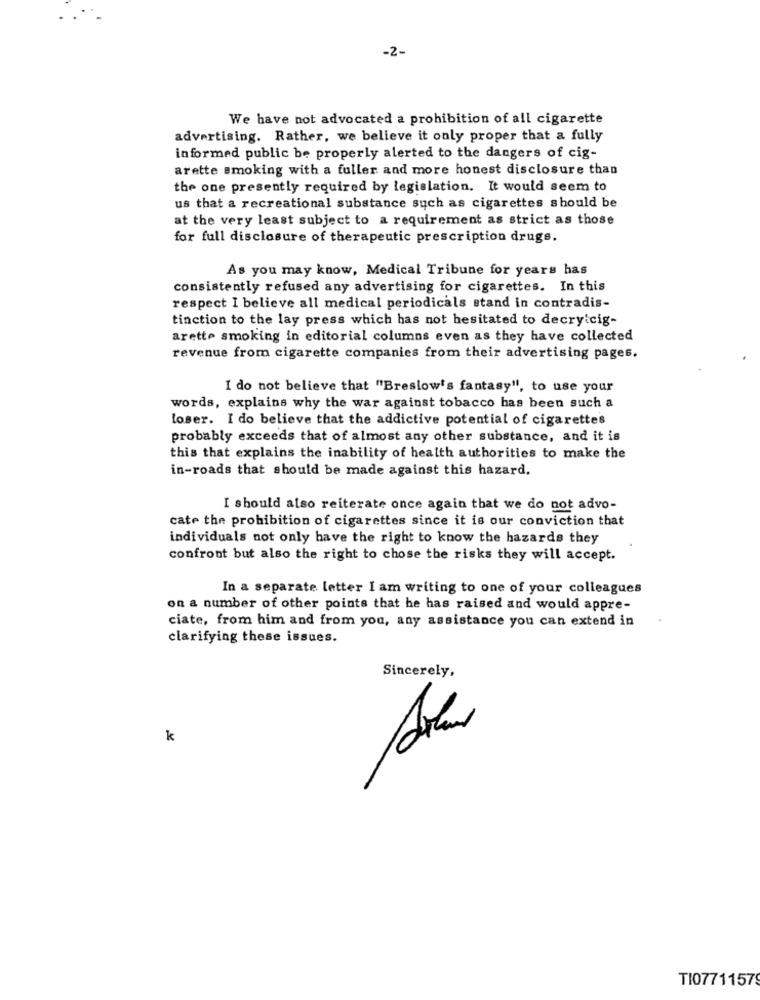
-2-
We have not advocated a prohibition of all cigarette
advertising. Rather, we believe it only proper that a fully
informed public be properly alerted to the dangers of cig-
arette smoking with a fuller and more honest disclosure than
the one presently required by legislation. It would seem to
us that a recreational substance such as cigarettes should be
at the very least subject to a requirement as strict as those
for full disclosure of therapeutic prescription drugs.
As you may know, Medical Tribune for years has
consistently refused any advertising for cigarettes. In this
respect I believe all medical periodicals stand in contradis-
tinction to the lay press which has not hesitated to decry cig-
arette smoking in editorial columns even as they have collected
revenue from cigarette companies from their advertising pages.
I do not believe that "Breslow's fantasy", to use your
words, explains why the war against tobacco has been such a
loser. I do believe that the addictive potential of cigarettes
probably exceeds that of almost any other substance, and it is
this that explains the inability of health authorities to make the
in-roads that should be made against this hazard.
I should also reiterate once again that we do not advo-
cate the prohibition of cigarettes since it is our conviction that
individuals not only have the right to know the hazards they
confront but also the right to chose the risks they will accept.
In a separate letter I am writing to one of your colleagues
on a number of other points that he has raised and would appre-
ciate, from him and from you, any assistance you can extend in
clarifying these issues.
Sincerely,
k
TI0771157